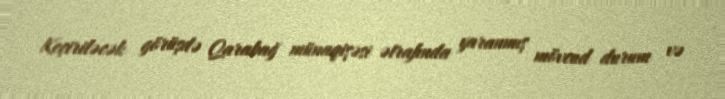
Keçiriləcək görüşdə Qarabağ münaqişəsi ətrafında yaranmış mövcud durum və